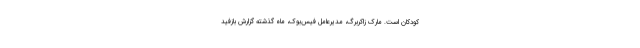
کودکان است. مارک زاکربرگ، مدیرعامل فیس‌بوک، ماه گذشته گزارش بازفید